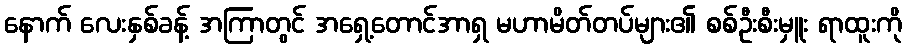
နောက် လေးနှစ်ခန့် အကြာတွင် အရှေ့တောင်အာရှ မဟာမိတ်တပ်များ၏ စစ်ဦးစီးမှူး ရာထူးကို